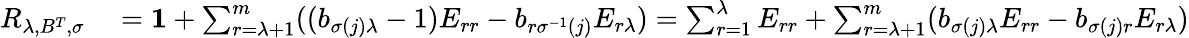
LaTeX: \begin{array}{rl}{R_{\lambda,B^{T},\sigma}}&{{}=\boldsymbol{1}+\sum_{r=\lambda+1}^{m}((b_{\sigma(j)\lambda}-1)E_{rr}-b_{r\sigma^{-1}(j)}E_{r\lambda})=\sum_{r=1}^{\lambda}E_{rr}+\sum_{r=\lambda+1}^{m}(b_{\sigma(j)\lambda}E_{rr}-b_{\sigma(j)r}E_{r\lambda})}\end{array}